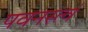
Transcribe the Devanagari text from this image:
पवनस्त्वं